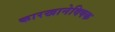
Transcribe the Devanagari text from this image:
कारखानेविषक